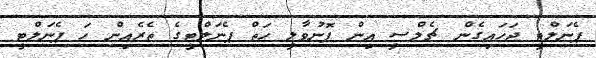
ޕެނަލްޓީ ޖަހައިގެން ޗެލްސީ އިން ފޮނުވާލީ ހަތް ޕެނަލްޓީގެ ތެރެއިން ހަ ޕެނަލްޓީ